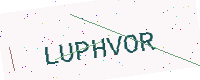
Text: LUPHVOR